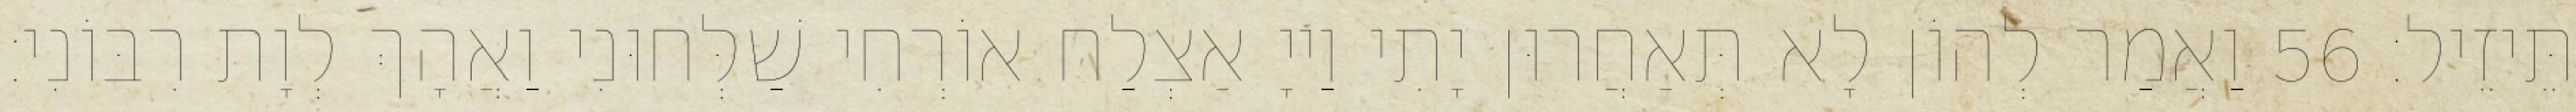
תֵּיזֵיל׃ 56 וַאֲמַר לְהוֹן לָא תְּאַחֲרוּן יָתִי וַייָ אַצְלַח אוֹרְחִי שַׁלְּחוּנִי וַאֲהָךְ לְוָת רִבּוֹנִי׃